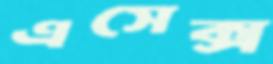
এসেক্স